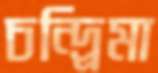
চন্দ্র্রিমা